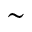
\sim